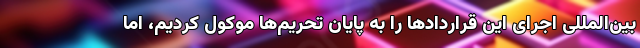
بین‌المللی اجرای این قراردادها را به پایان تحریم‌ها موکول کردیم، اما